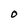
Character: O